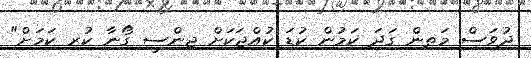
ދުވަސް މަތިން ގަދަ ކަމުން ކުޑަ ކުއްޖަކަށް ޖިންސީ ގޯނާ ކުރި ކަމަށް"